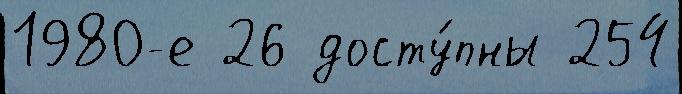
1980-е 26 досту́пны 254